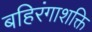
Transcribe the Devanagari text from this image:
बहिरंगाशक्ति